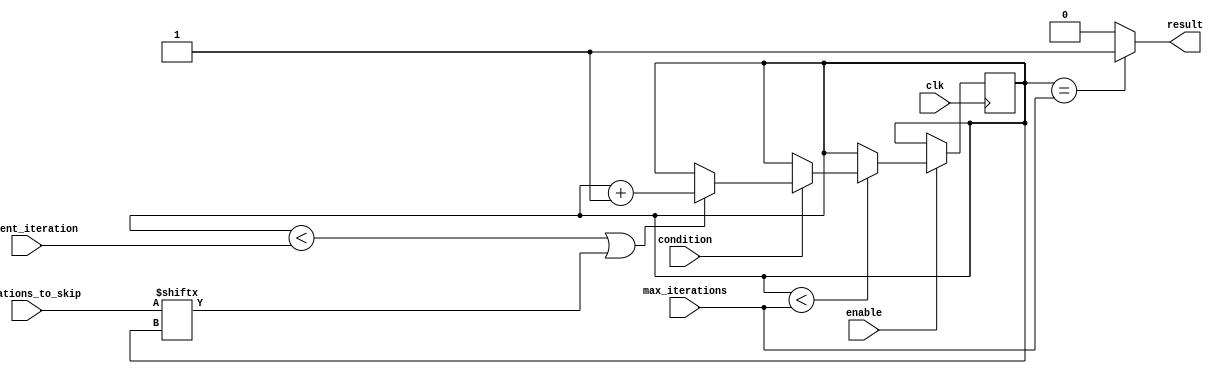
module Loop(
    input wire condition,
    input wire [7:0] iterations_to_skip,
    input wire [7:0] current_iteration,
    input wire [7:0] max_iterations,
    input wire enable,
    input wire clk,
    output reg result
);

reg [7:0] iteration_count;

always @(posedge clk) begin
    if(enable) begin
        if(iteration_count < max_iterations) begin
            if(condition) begin
                if(iteration_count < current_iteration || iterations_to_skip[iteration_count]) begin
                    iteration_count <= iteration_count + 1;
                end
            end
        end
    end
end

always @* begin
    if(iteration_count == max_iterations) begin
        result = 1'b1;
    end else begin
        result = 1'b0;
    end
end

endmodule